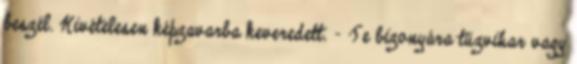
beszél. Kivételesen képzavarba keveredett. - Te bizonyára tűzvihar vagy